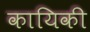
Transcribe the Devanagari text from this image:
कायिकी